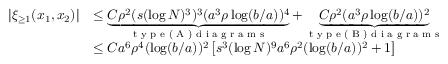
\begin{array} { r l } { | \xi _ { \geq 1 } ( x _ { 1 } , x _ { 2 } ) | } & { \leq \underbrace { C \rho ^ { 2 } ( s ( \log N ) ^ { 3 } ) ^ { 3 } ( a ^ { 3 } \rho \log ( b / a ) ) ^ { 4 } } _ { \textnormal { t y p e ( A ) d i a g r a m s } } + \underbrace { C \rho ^ { 2 } ( a ^ { 3 } \rho \log ( b / a ) ) ^ { 2 } } _ { \textnormal { t y p e ( B ) d i a g r a m s } } } \\ & { \leq C a ^ { 6 } \rho ^ { 4 } ( \log ( b / a ) ) ^ { 2 } \left[ s ^ { 3 } ( \log N ) ^ { 9 } a ^ { 6 } \rho ^ { 2 } ( \log ( b / a ) ) ^ { 2 } + 1 \right] } \end{array}